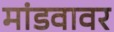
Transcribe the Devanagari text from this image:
मांडवावर